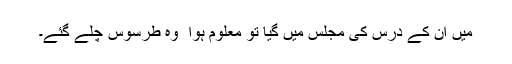
میں ان کے درس کی مجلس میں گیا تو معلوم ہوا ٗ وہ طرسوس چلے گئے۔